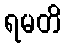
ရမတိ